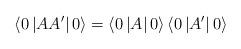
LaTeX: \begin{align*}\left\langle 0\left| AA^{\prime}\right| 0\right\rangle =\left\langle0\left| A\right| 0\right\rangle \left\langle 0\left| A^{\prime}\right|0\right\rangle\end{align*}